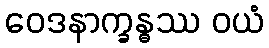
ဝေဒနာက္ခန္ဓဿ ဝယံ